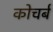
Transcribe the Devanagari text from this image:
कोचर्ब